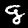
Label: 9